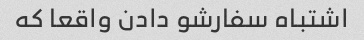
اشتباه سفارشو دادن واقعا که